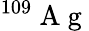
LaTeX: ^{109}\mathrm{~A~g~}